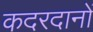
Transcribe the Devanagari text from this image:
कदरदानों